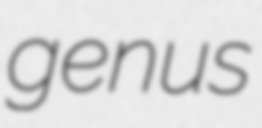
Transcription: genus